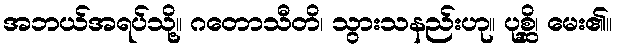
အဘယ်အရပ်သို့။ ဂတောသီတိ၊ သွားသနည်းဟု။ ပုစ္ဆိ၊ မေး၏။